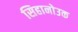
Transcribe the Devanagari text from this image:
सिहानोउक